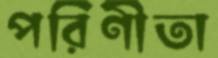
পরিণীতা